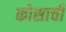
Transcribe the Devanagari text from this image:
कोसाची